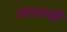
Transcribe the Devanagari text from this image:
आशयही